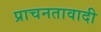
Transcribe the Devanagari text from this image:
प्राचनतावादी